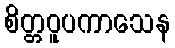
စိတ္တဝူပကာသေန